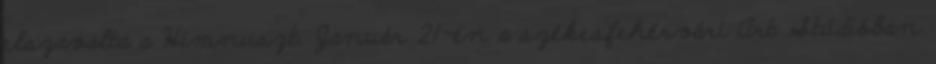
elszavalta a Himnuszt. Január 21-én a székesfehérvári Art Stúdióban